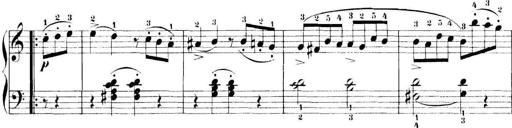
Title: 11 Sonatinas
Composer: Anton Diabelli